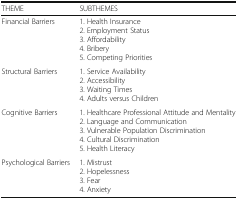
| THEME | SUBTHEMES |
 | --- | --- |
 | Financial Barriers | 1. Health Insurance2. Employment Status3. Affordability4. Bribery5. Competing Priorities |
 | Structural Barriers | 1. Service Availability2. Accessibility3. Waiting Times4. Adults versus Children |
 | Cognitive Barriers | 1. Healthcare Professional Attitude and Mentality2. Language and Communication3. Vulnerable Population Discrimination4. Cultural Discrimination5. Health Literacy |
 | Psychological Barriers | 1. Mistrust2. Hopelessness3. Fear4. Anxiety |